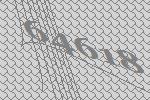
64618